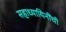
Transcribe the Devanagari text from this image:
सहाध्यायिनींची